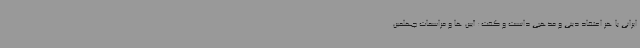
ایرانی با هر اعتقاد دینی و مذهبی دانست و گفت: آیین ها و مراسمات چهلمین